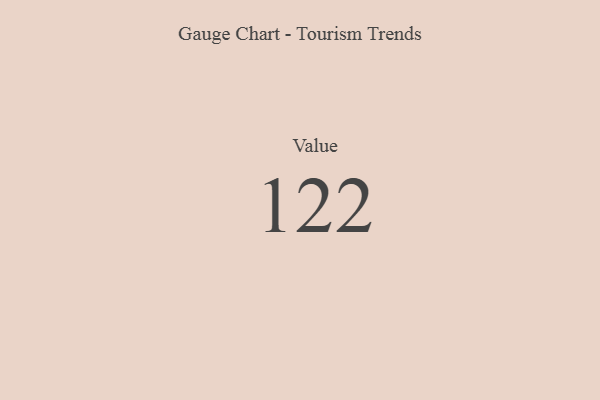
{"axis": {"x": "Metric", "y": "Value"}, "legend": [""], "data": [{"x": "Value", "y": 122, "type": ""}]}